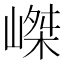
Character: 嵥